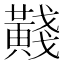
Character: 𪏊